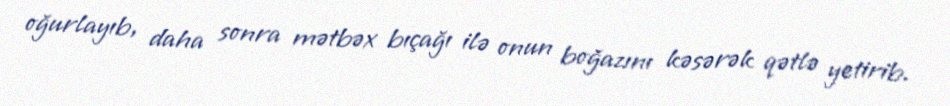
oğurlayıb, daha sonra mətbəx bıçağı ilə onun boğazını kəsərək qətlə yetirib.